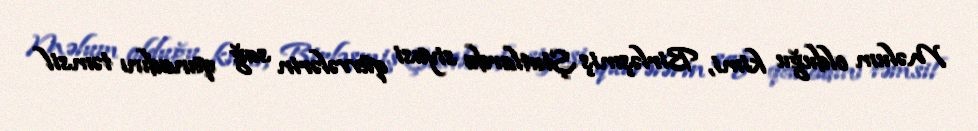
Məlum olduğu kimi, Birləşmiş Ştatlarda siyasi qüvvələrin sağ qanadını təmsil